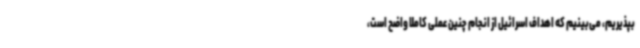
بپذیریم، می‌بینیم که اهداف اسرائیل از انجام چنین عملی کاملا واضح است،